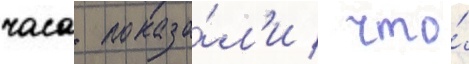
часа показа́л'и / что́